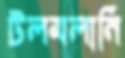
টলমলানি